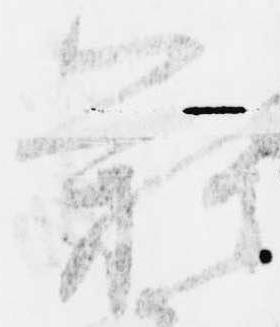
難